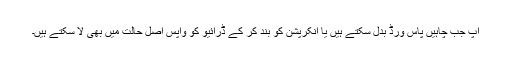
آپ جب چاہیں پاس ورڈ بدل سکتے ہیں یا انکرپشن کو بند کر کے ڈرائیو کو واپس اصل حالت میں بھی لا سکتے ہیں۔